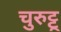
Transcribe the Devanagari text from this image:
चुरुट्टू